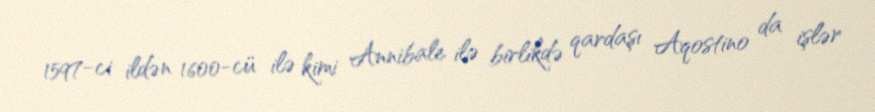
1597-ci ildən 1600-cü ilə kimi Annibale ilə birlikdə qardaşı Aqostino da işlər